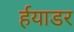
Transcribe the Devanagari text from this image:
र्हयाडर